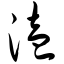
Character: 溘